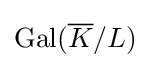
\mathrm {Gal} ({\overline {K}}/L)